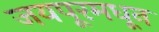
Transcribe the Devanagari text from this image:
जयपूरमधून